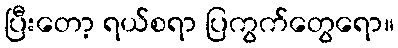
ပြီးတော့ ရယ်စရာ ပြကွက်တွေရော။